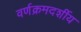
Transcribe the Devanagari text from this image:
वर्णक्रमदर्शीय